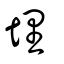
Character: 埋